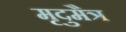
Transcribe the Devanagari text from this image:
मृदुमैत्र